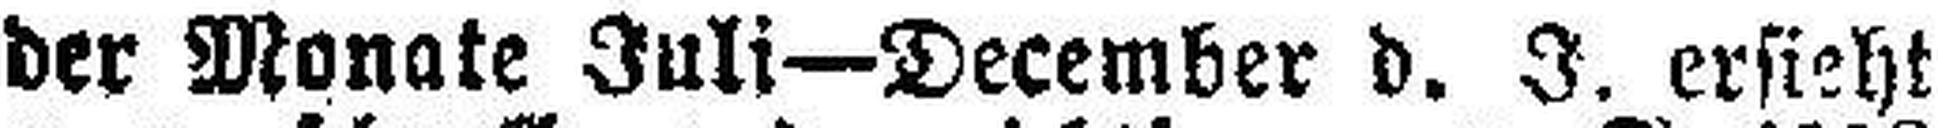
der Monate Juli—December d. J. ersieht